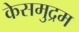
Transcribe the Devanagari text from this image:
केसमुद्रम